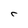
Character: C